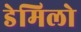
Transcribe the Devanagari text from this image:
डेमिलो